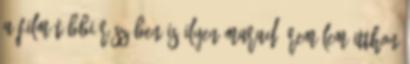
a film többi részében is ilyen marad. Remélem itthon